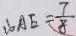
\therefore A E = \frac { 7 } { 8 }